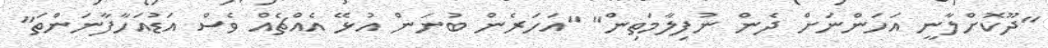
"ދޫކޮށްލާނީ އަހަންނަށް ދެން ނުފިލާމަތިން" "އަހަރެން ބުނަން އުޅޭ އެއްޗެއް ވެސް އަޑުއަހާފާނަންތަ"